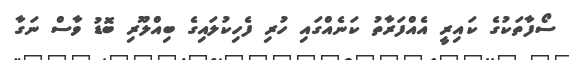
ސޯފާތަކުގެ ކައިރީ އެއްފަރާތު ކަނެއްގައި ހުރި ފެހިކުލައިގެ ބިއްލޫރި ބޮޑު ވާސް ނަގާ